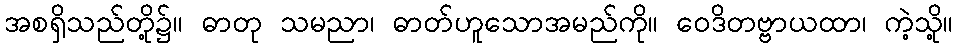
အစရှိသည်တို့၌။ ဓာတု သမညာ၊ ဓာတ်ဟူသောအမည်ကို။ ဝေဒိတဗ္ဗာယထာ၊ ကဲ့သို့။